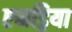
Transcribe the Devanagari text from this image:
एनड्रिया